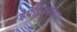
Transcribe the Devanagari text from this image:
डेमेट्रियसचाच